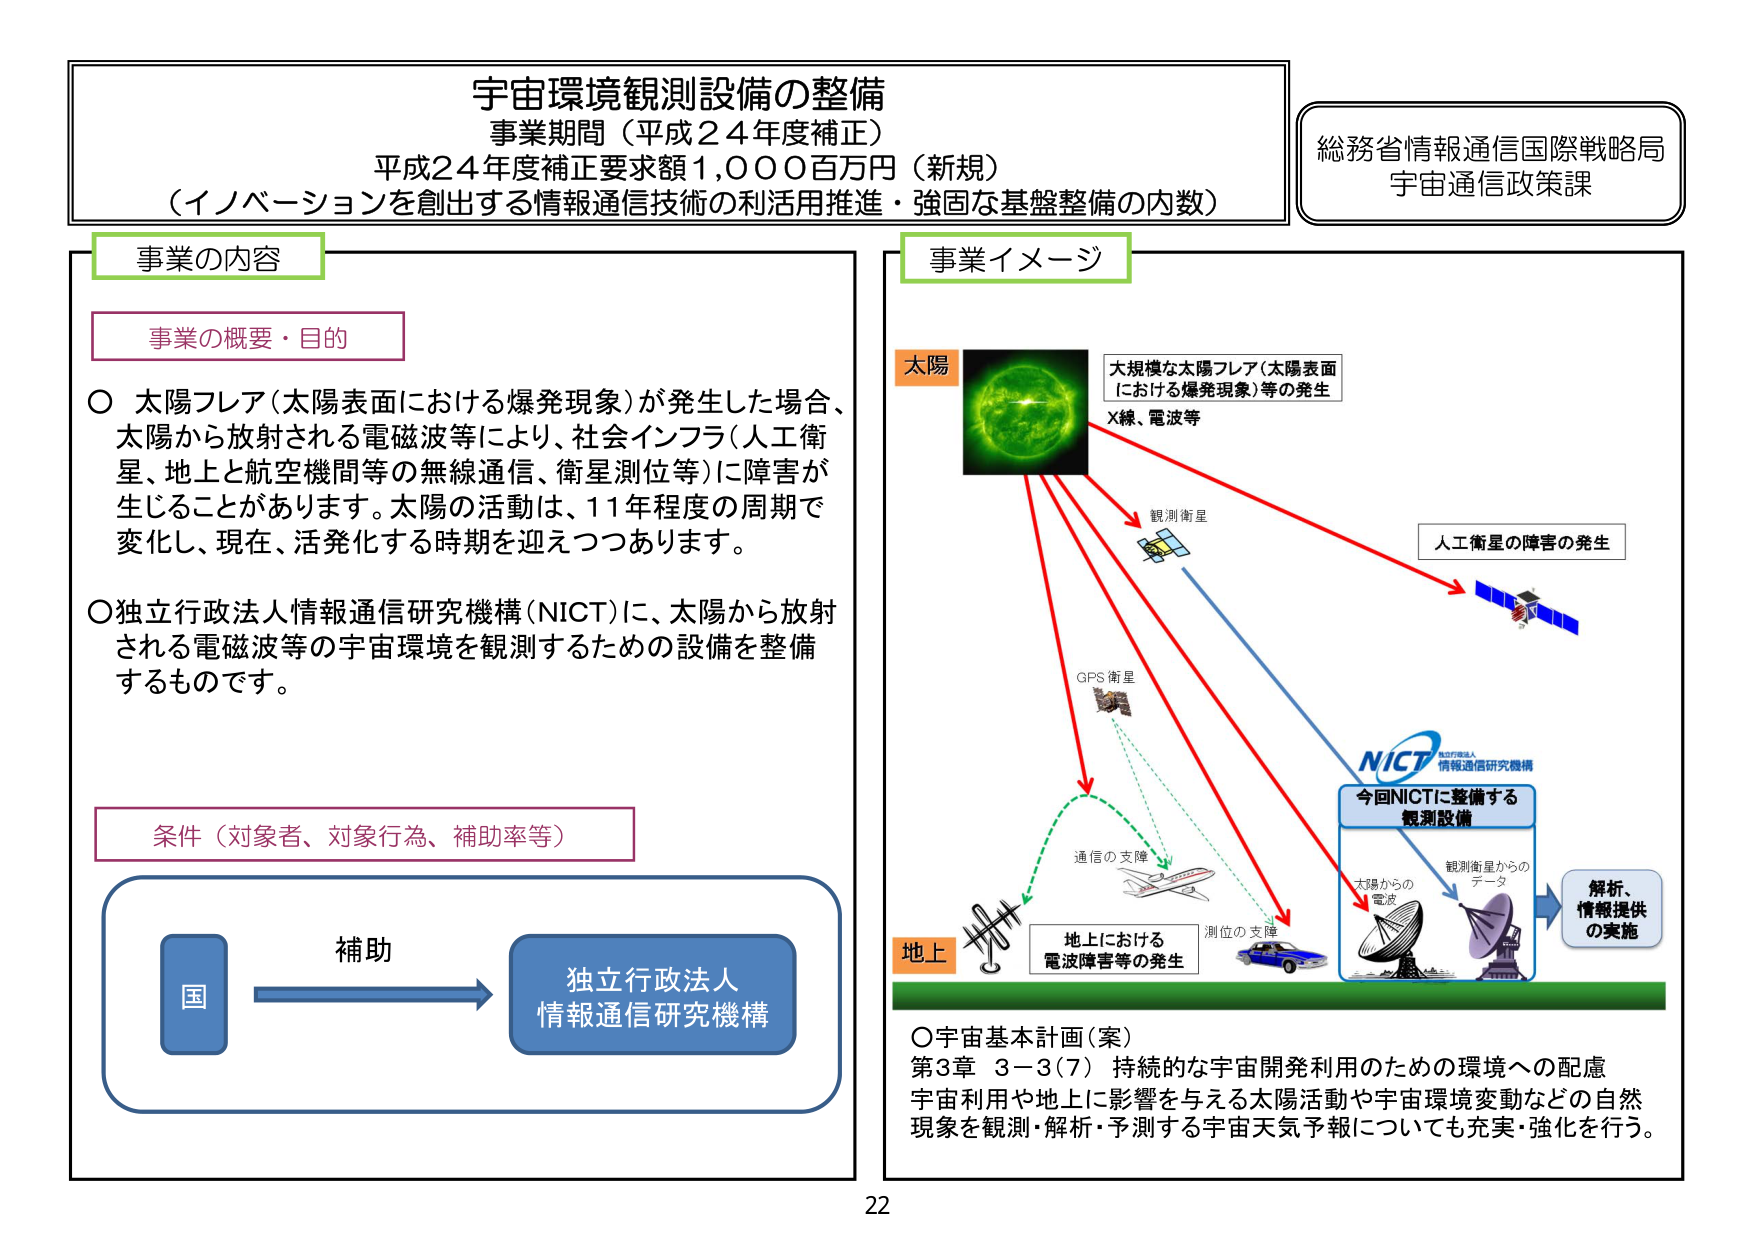
宇宙環境観測設備の整備
事業期間（平成24年度補正）
平成24年度補正要求額1,000百万円（新規）
（イノベーションを創出する情報通信技術の利活用推進・強固な基盤整備の内数）

総務省情報通信国際戦略局
宇宙通信政策課

事業の内容

事業の概要・目的
○ 太陽フレア（太陽表面における爆発現象）が発生した場合、太陽から放射される電磁波等により、社会インフラ（人工衛星、地上と航空機間等の無線通信、衛星測位等）に障害が生じることがあります。太陽の活動は、11年程度の周期で変化し、現在、活発化する時期を迎えつつあります。
○ 独立行政法人情報通信研究機構（NICT）に、太陽から放射される電磁波等の宇宙環境を観測するための設備を整備するものです。

条件（対象者、対象行為、補助率等）
補助
国 → 独立行政法人
情報通信研究機構

事業イメージ

太陽
大規模な太陽フレア（太陽表面における爆発現象）等の発生
X線、電波等

観測衛星
人工衛星の障害の発生

GPS衛星

NICT
独立行政法人
情報通信研究機構
今回NICTに整備する
観測設備

地上
通信の支障
地上における
電波障害等の発生
測位の支障

太陽からの
電波
観測衛星からの
データ
解析、
情報提供
の実施

○ 宇宙基本計画（案）
第3章 3－3（7） 持続的な宇宙開発利用のための環境への配慮
宇宙利用や地上に影響を与える太陽活動や宇宙環境変動などの自然現象を観測・解析・予測する宇宙天気予報についても充実・強化を行う。

22